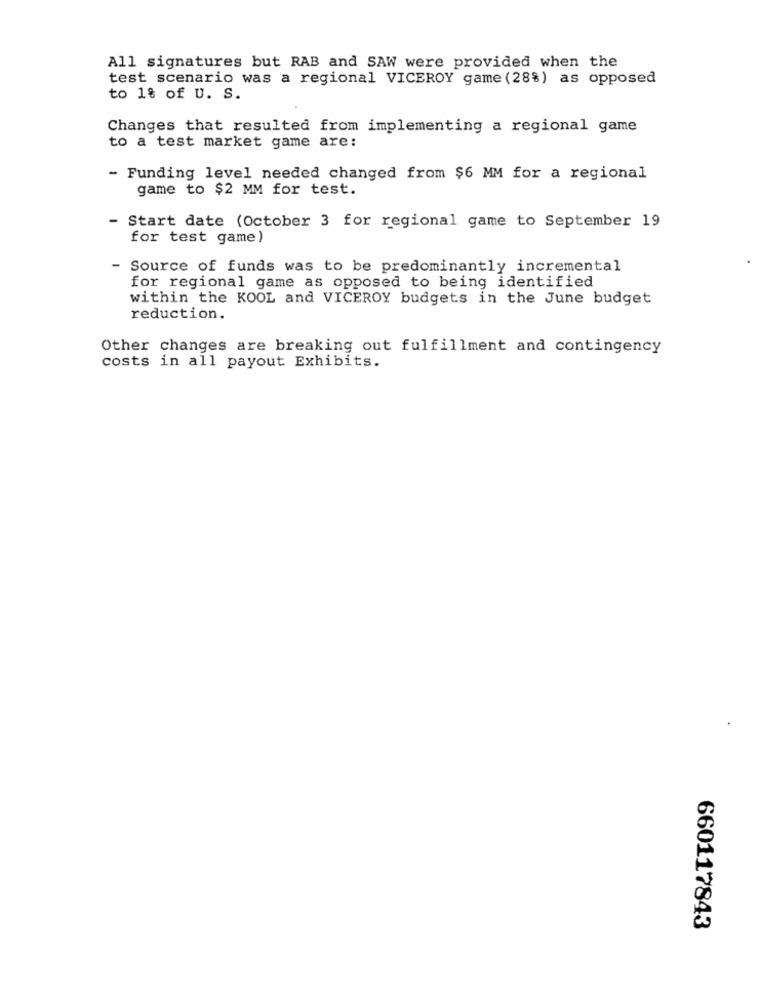
All signatures but RAB and SAW were provided when the
test scenario was a regional VICEROY game (28%) as opposed
to 1% of U. S.
Changes that resulted from implementing a regional game
to a test market game are:
- Funding level needed changed from $6 MM for a regional
game to $2 MM for test.
- Start date (October 3 for regional game to September 19
for test game)
- Source of funds was to be predominantly incremental
for regional game as opposed to being identified
within the KOOL and VICEROY budgets in the June budget
reduction.
Other changes are breaking out fulfillment and contingency
costs in all payout Exhibits.
660117843